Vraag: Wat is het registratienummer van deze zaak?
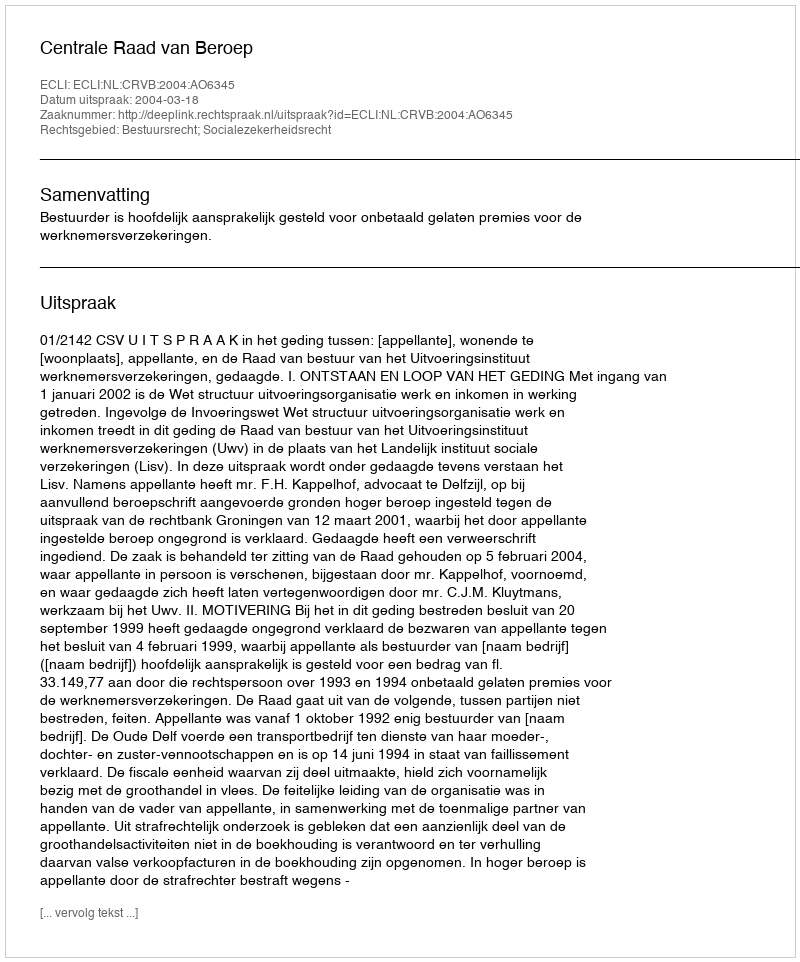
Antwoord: http://deeplink.rechtspraak.nl/uitspraak?id=ECLI:NL:CRVB:2004:AO6345